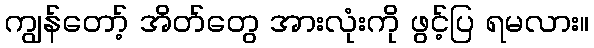
ကျွန်တော့် အိတ်တွေ အားလုံးကို ဖွင့်ပြ ရမလား။